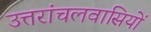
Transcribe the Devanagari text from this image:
उत्तरांचलवासियों